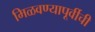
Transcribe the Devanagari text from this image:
मिळवण्यापूर्वीची